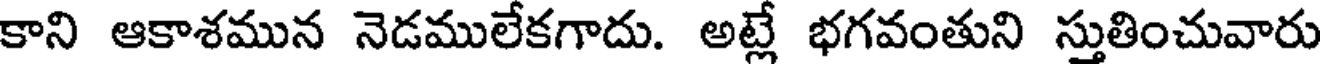
కాని ఆకాశమున నెడములేకగాదు. అట్లే భగవంతుని స్తుతించువారు